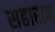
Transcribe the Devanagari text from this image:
सहारात